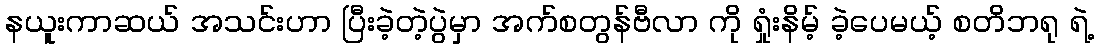
နယူးကာဆယ် အသင်းဟာ ပြီးခဲ့တဲ့ပွဲမှာ အက်စတွန်ဗီလာ ကို ရှုံးနိမ့် ခဲ့ပေမယ့် စတိဘရု ရဲ့